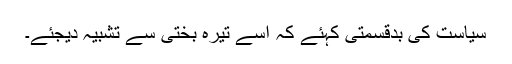
سیاست کی بدقسمتی کہئے کہ اسے تیرہ بختی سے تشبیہ دیجئے۔